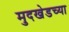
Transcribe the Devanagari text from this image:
मुदखेडच्या